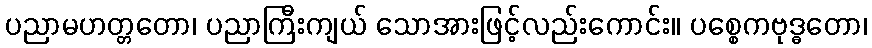
ပညာမဟတ္တတော၊ ပညာကြီးကျယ် သောအားဖြင့်လည်းကောင်း။ ပစ္စေကဗုဒ္ဓတော၊